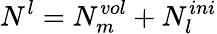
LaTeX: N^{l}=N_{m}^{vol}+N_{l}^{ini}